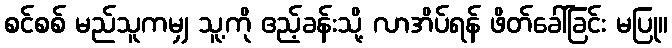
စင်စစ် မည်သူကမျှ သူ့ကို ဧည့်ခန်းသို့ လာအိပ်ရန် ဖိတ်ခေါ်ခြင်း မပြု။